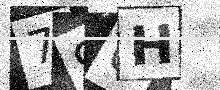
Text: 790H